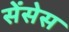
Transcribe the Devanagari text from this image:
सेंसेस